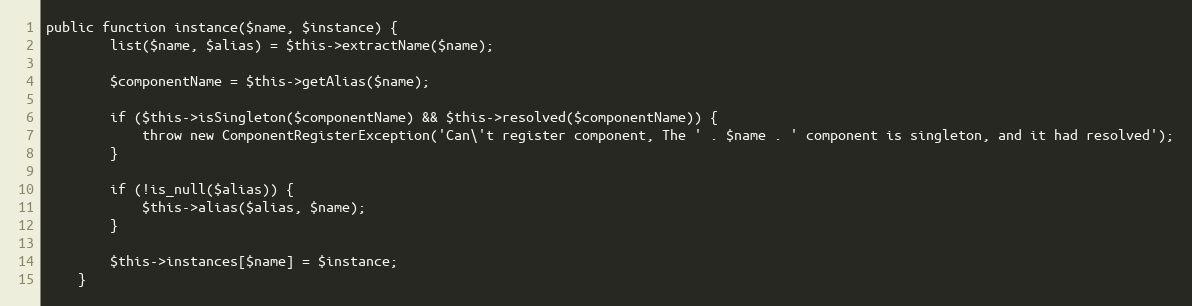
Language: PHP
public function instance($name, $instance) {
		list($name, $alias) = $this->extractName($name);

		$componentName = $this->getAlias($name);

		if ($this->isSingleton($componentName) && $this->resolved($componentName)) {
			throw new ComponentRegisterException('Can\'t register component, The ' . $name . ' component is singleton, and it had resolved');
		}

		if (!is_null($alias)) {
			$this->alias($alias, $name);
		}

		$this->instances[$name] = $instance;
	}